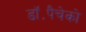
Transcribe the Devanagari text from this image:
डॉ॰पैचेको